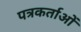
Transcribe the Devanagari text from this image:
पत्रकर्ताओं